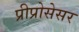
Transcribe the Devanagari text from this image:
प्रीप्रोसेसर